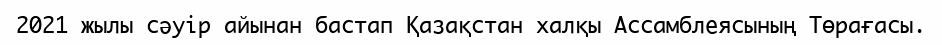
2021 жылы сәуір айынан бастап Қазақстан халқы Ассамблеясының Төрағасы.